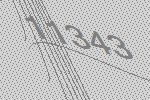
11343